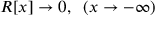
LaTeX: R [ x ] \rightarrow 0 , \; \; ( x \rightarrow - \infty )